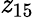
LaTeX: \mathit{z}_{15}